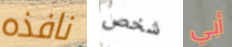
نافذه شخص أبي